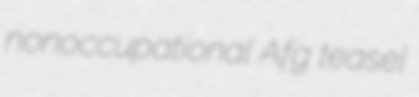
nonoccupational Afg teasel